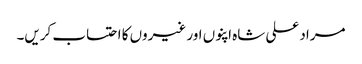
مراد علی شاہ اپنوں اور غیروں کا احتساب کریں۔